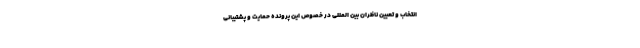
انتخاب و تعیین ناظران بین المللی در خصوص این پرونده حمایت و پشتیبانی